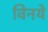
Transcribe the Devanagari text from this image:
विनये